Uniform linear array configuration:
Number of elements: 4
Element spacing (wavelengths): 0.75
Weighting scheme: exponential
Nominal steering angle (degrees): -15
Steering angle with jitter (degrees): -15.473
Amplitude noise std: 0.05
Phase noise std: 0.05

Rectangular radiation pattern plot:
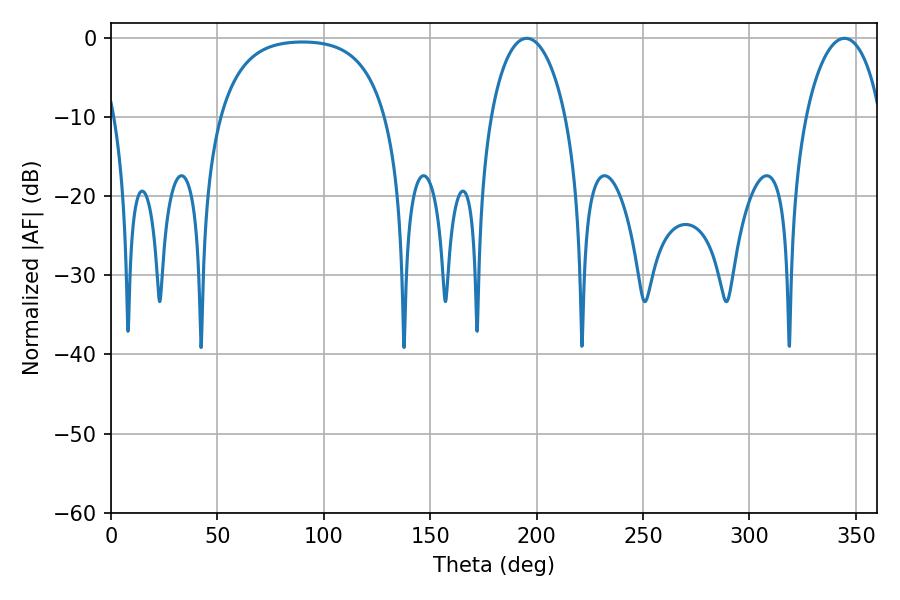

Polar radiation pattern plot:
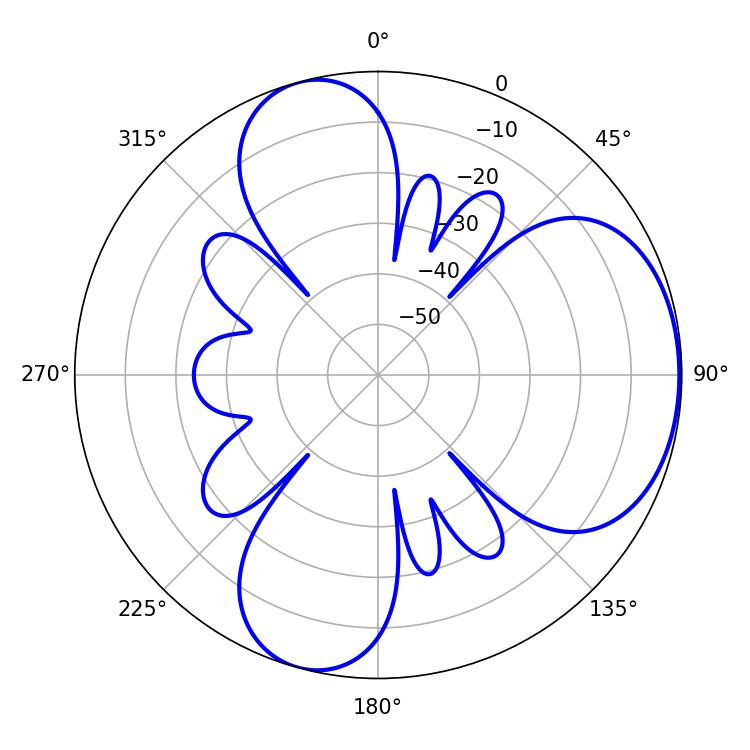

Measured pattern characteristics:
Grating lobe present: TRUE
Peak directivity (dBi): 5.252
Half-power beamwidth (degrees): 19.98
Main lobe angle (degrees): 195.3